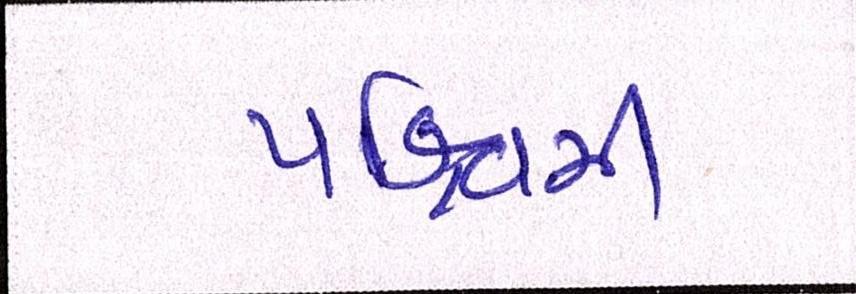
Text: પશ્ચિમી